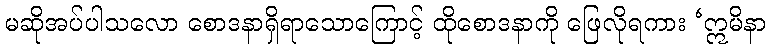
မဆိုအပ်ပါသလော စောဒနာရှိရာသောကြောင့် ထိုစောဒနာကို ဖြေလိုရကား ‘ဣမိနာ